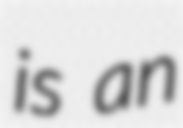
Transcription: is an